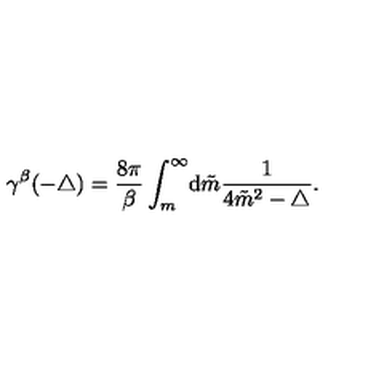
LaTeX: \gamma ^ { \beta } ( { - \triangle } ) = \frac { 8 \pi } { \beta } \int _ { m } ^ { \infty } \! { \mathrm d } \tilde { m } \frac { 1 } { 4 { \tilde { m } } ^ { 2 } - \triangle } .